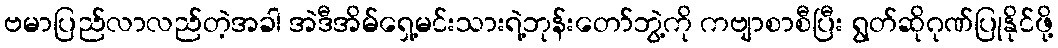
ဗမာပြည်လာလည်တဲ့အခါ အဲဒီအိမ်ရှေ့မင်းသားရဲ့ဘုန်းတော်ဘွဲ့ကို ကဗျာစာစီပြီး ရွတ်ဆိုဂုဏ်ပြုနိုင်ဖို့